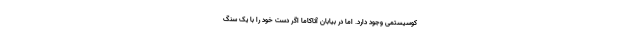
کوسیستمی وجود دارد. اما در بیابان آتاکاما اگر دست خود را با یک سنگ